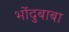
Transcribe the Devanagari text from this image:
भोंदुबाबा